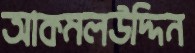
আকমলউদ্দিন